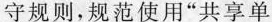
守规则，规范使用”共享单